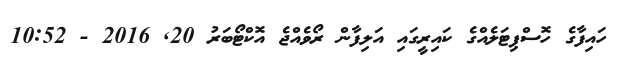
ހައިފާގެ ހޮސްޕިޓަލެއްގެ ކައިރީގައި އަލިފާން ރޯވެއްޖެ އޮކްޓޯބަރު 20